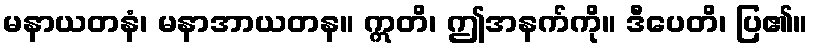
မနာယတနံ၊ မနာအာယတန။ ဣတိ၊ ဤအနက်ကို။ ဒီပေတိ၊ ပြ၏။